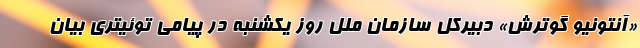
«آنتونیو گوترش» دبیرکل سازمان ملل روز یکشنبه در پیامی توئیتری بیان